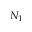
N _ { 1 }